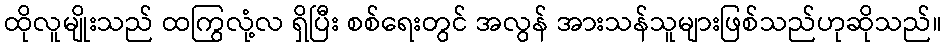
ထိုလူမျိုးသည် ထကြွလုံ့လ ရှိပြီး စစ်ရေးတွင် အလွန် အားသန်သူများဖြစ်သည်ဟုဆိုသည်။